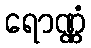
ရောဏ္ဏံ